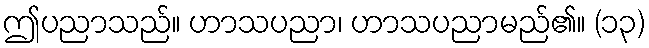
ဤပညာသည်။ ဟာသပညာ၊ ဟာသပညာမည်၏။ (၁၃)